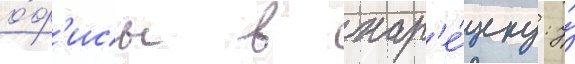
о́ф'исы в нар'е́зку: у́